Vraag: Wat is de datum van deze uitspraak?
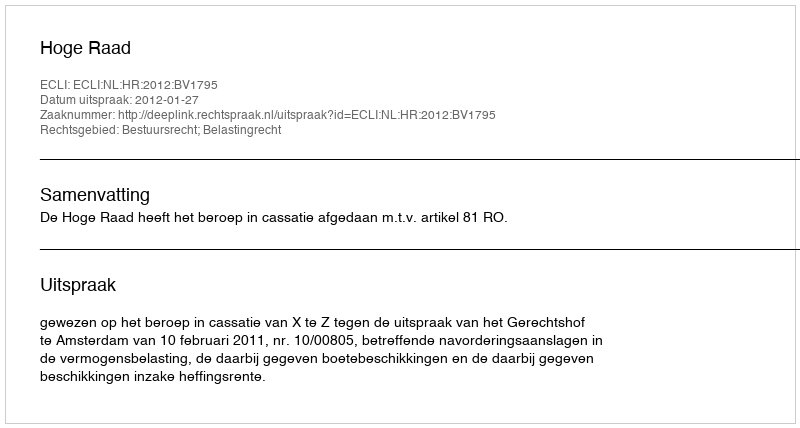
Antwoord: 2012-01-27